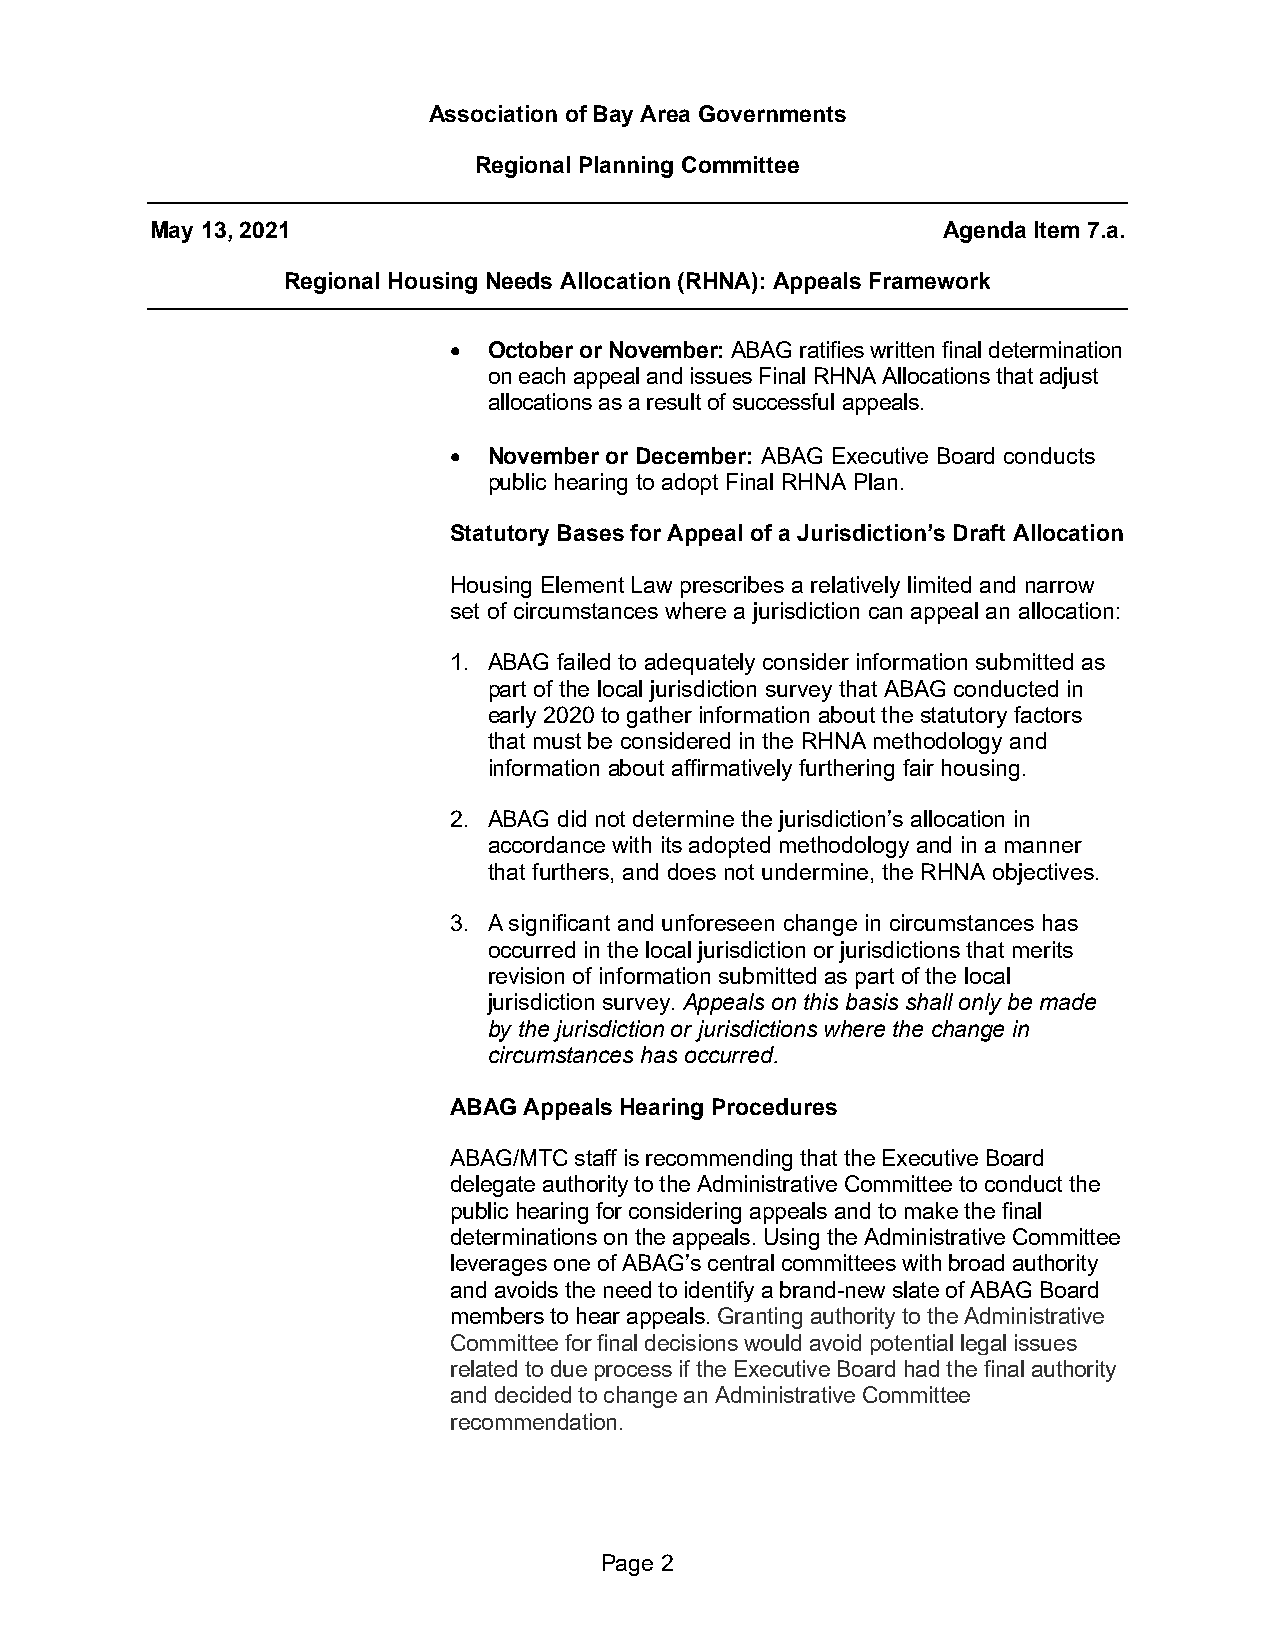
Association of Bay Area Governments
 Regional Planning Committee
 May 13, 2021                                        Agenda Item 7.a.
 Regional Housing Needs Allocation (RHNA): Appeals Framework
 • October or November: ABAG ratifies written final determination
 on each appeal and issues Final RHNA Allocations that adjust
 allocations as a result of successful appeals.
 • November or December: ABAG Executive Board conducts
 public hearing to adopt Final RHNA Plan.
 Statutory Bases for Appeal of a Jurisdiction’s Draft Allocation
 Housing Element Law prescribes a relatively limited and narrow
 set of circumstances where a jurisdiction can appeal an allocation:
 1. ABAG failed to adequately consider information submitted as
 part of the local jurisdiction survey that ABAG conducted in
 early 2020 to gather information about the statutory factors
 that must be considered in the RHNA methodology and
 information about affirmatively furthering fair housing.
 2. ABAG did not determine the jurisdiction’s allocation in
 accordance with its adopted methodology and in a manner
 that furthers, and does not undermine, the RHNA objectives.
 3. A significant and unforeseen change in circumstances has
 occurred in the local jurisdiction or jurisdictions that merits
 revision of information submitted as part of the local
 jurisdiction survey. Appeals on this basis shall only be made
 by the jurisdiction or jurisdictions where the change in
 circumstances has occurred.
 ABAG Appeals Hearing Procedures
 ABAG/MTC staff is recommending that the Executive Board
 delegate authority to the Administrative Committee to conduct the
 public hearing for considering appeals and to make the final
 determinations on the appeals. Using the Administrative Committee
 leverages one of ABAG’s central committees with broad authority
 and avoids the need to identify a brand-new slate of ABAG Board
 members to hear appeals. Granting authority to the Administrative
 Committee for final decisions would avoid potential legal issues
 related to due process if the Executive Board had the final authority
 and decided to change an Administrative Committee
 recommendation.
 Page 2